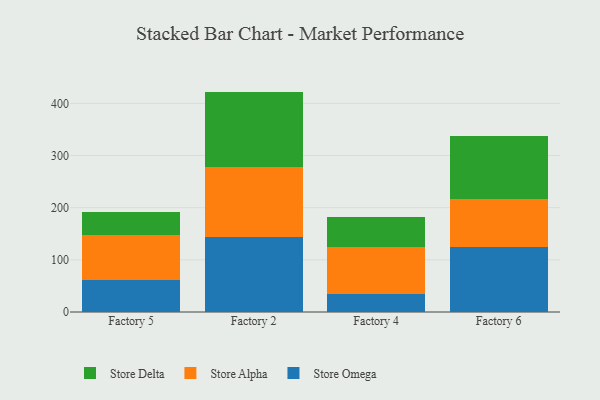
{"axis": {"x": "Factory", "y": "Gross Profit (USD K)"}, "legend": ["Store Alpha", "Store Delta", "Store Omega"], "data": [{"x": "Factory 5", "y": 61.8, "type": "Store Omega"}, {"x": "Factory 5", "y": 86.3, "type": "Store Alpha"}, {"x": "Factory 5", "y": 43.8, "type": "Store Delta"}, {"x": "Factory 2", "y": 144.5, "type": "Store Omega"}, {"x": "Factory 2", "y": 134.1, "type": "Store Alpha"}, {"x": "Factory 2", "y": 143.9, "type": "Store Delta"}, {"x": "Factory 4", "y": 34.3, "type": "Store Omega"}, {"x": "Factory 4", "y": 90.4, "type": "Store Alpha"}, {"x": "Factory 4", "y": 56.5, "type": "Store Delta"}, {"x": "Factory 6", "y": 124.1, "type": "Store Omega"}, {"x": "Factory 6", "y": 92.1, "type": "Store Alpha"}, {"x": "Factory 6", "y": 120.9, "type": "Store Delta"}]}